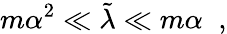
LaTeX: m\alpha^{2}\ll\tilde{\lambda}\ll m\alpha\; \; ,